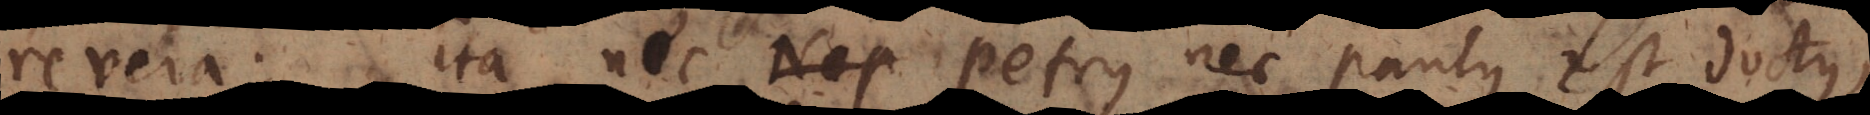
revera. Ita nec Petrus nec Paulus est doctus,